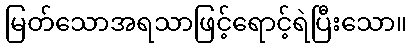
မြတ်သောအရသာဖြင့်ရောင့်ရဲပြီးသော။